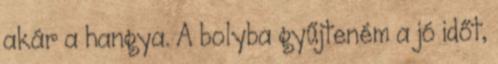
akár a hangya. A bolyba gyűjteném a jó időt,